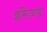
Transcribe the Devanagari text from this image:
इरेज़्ड